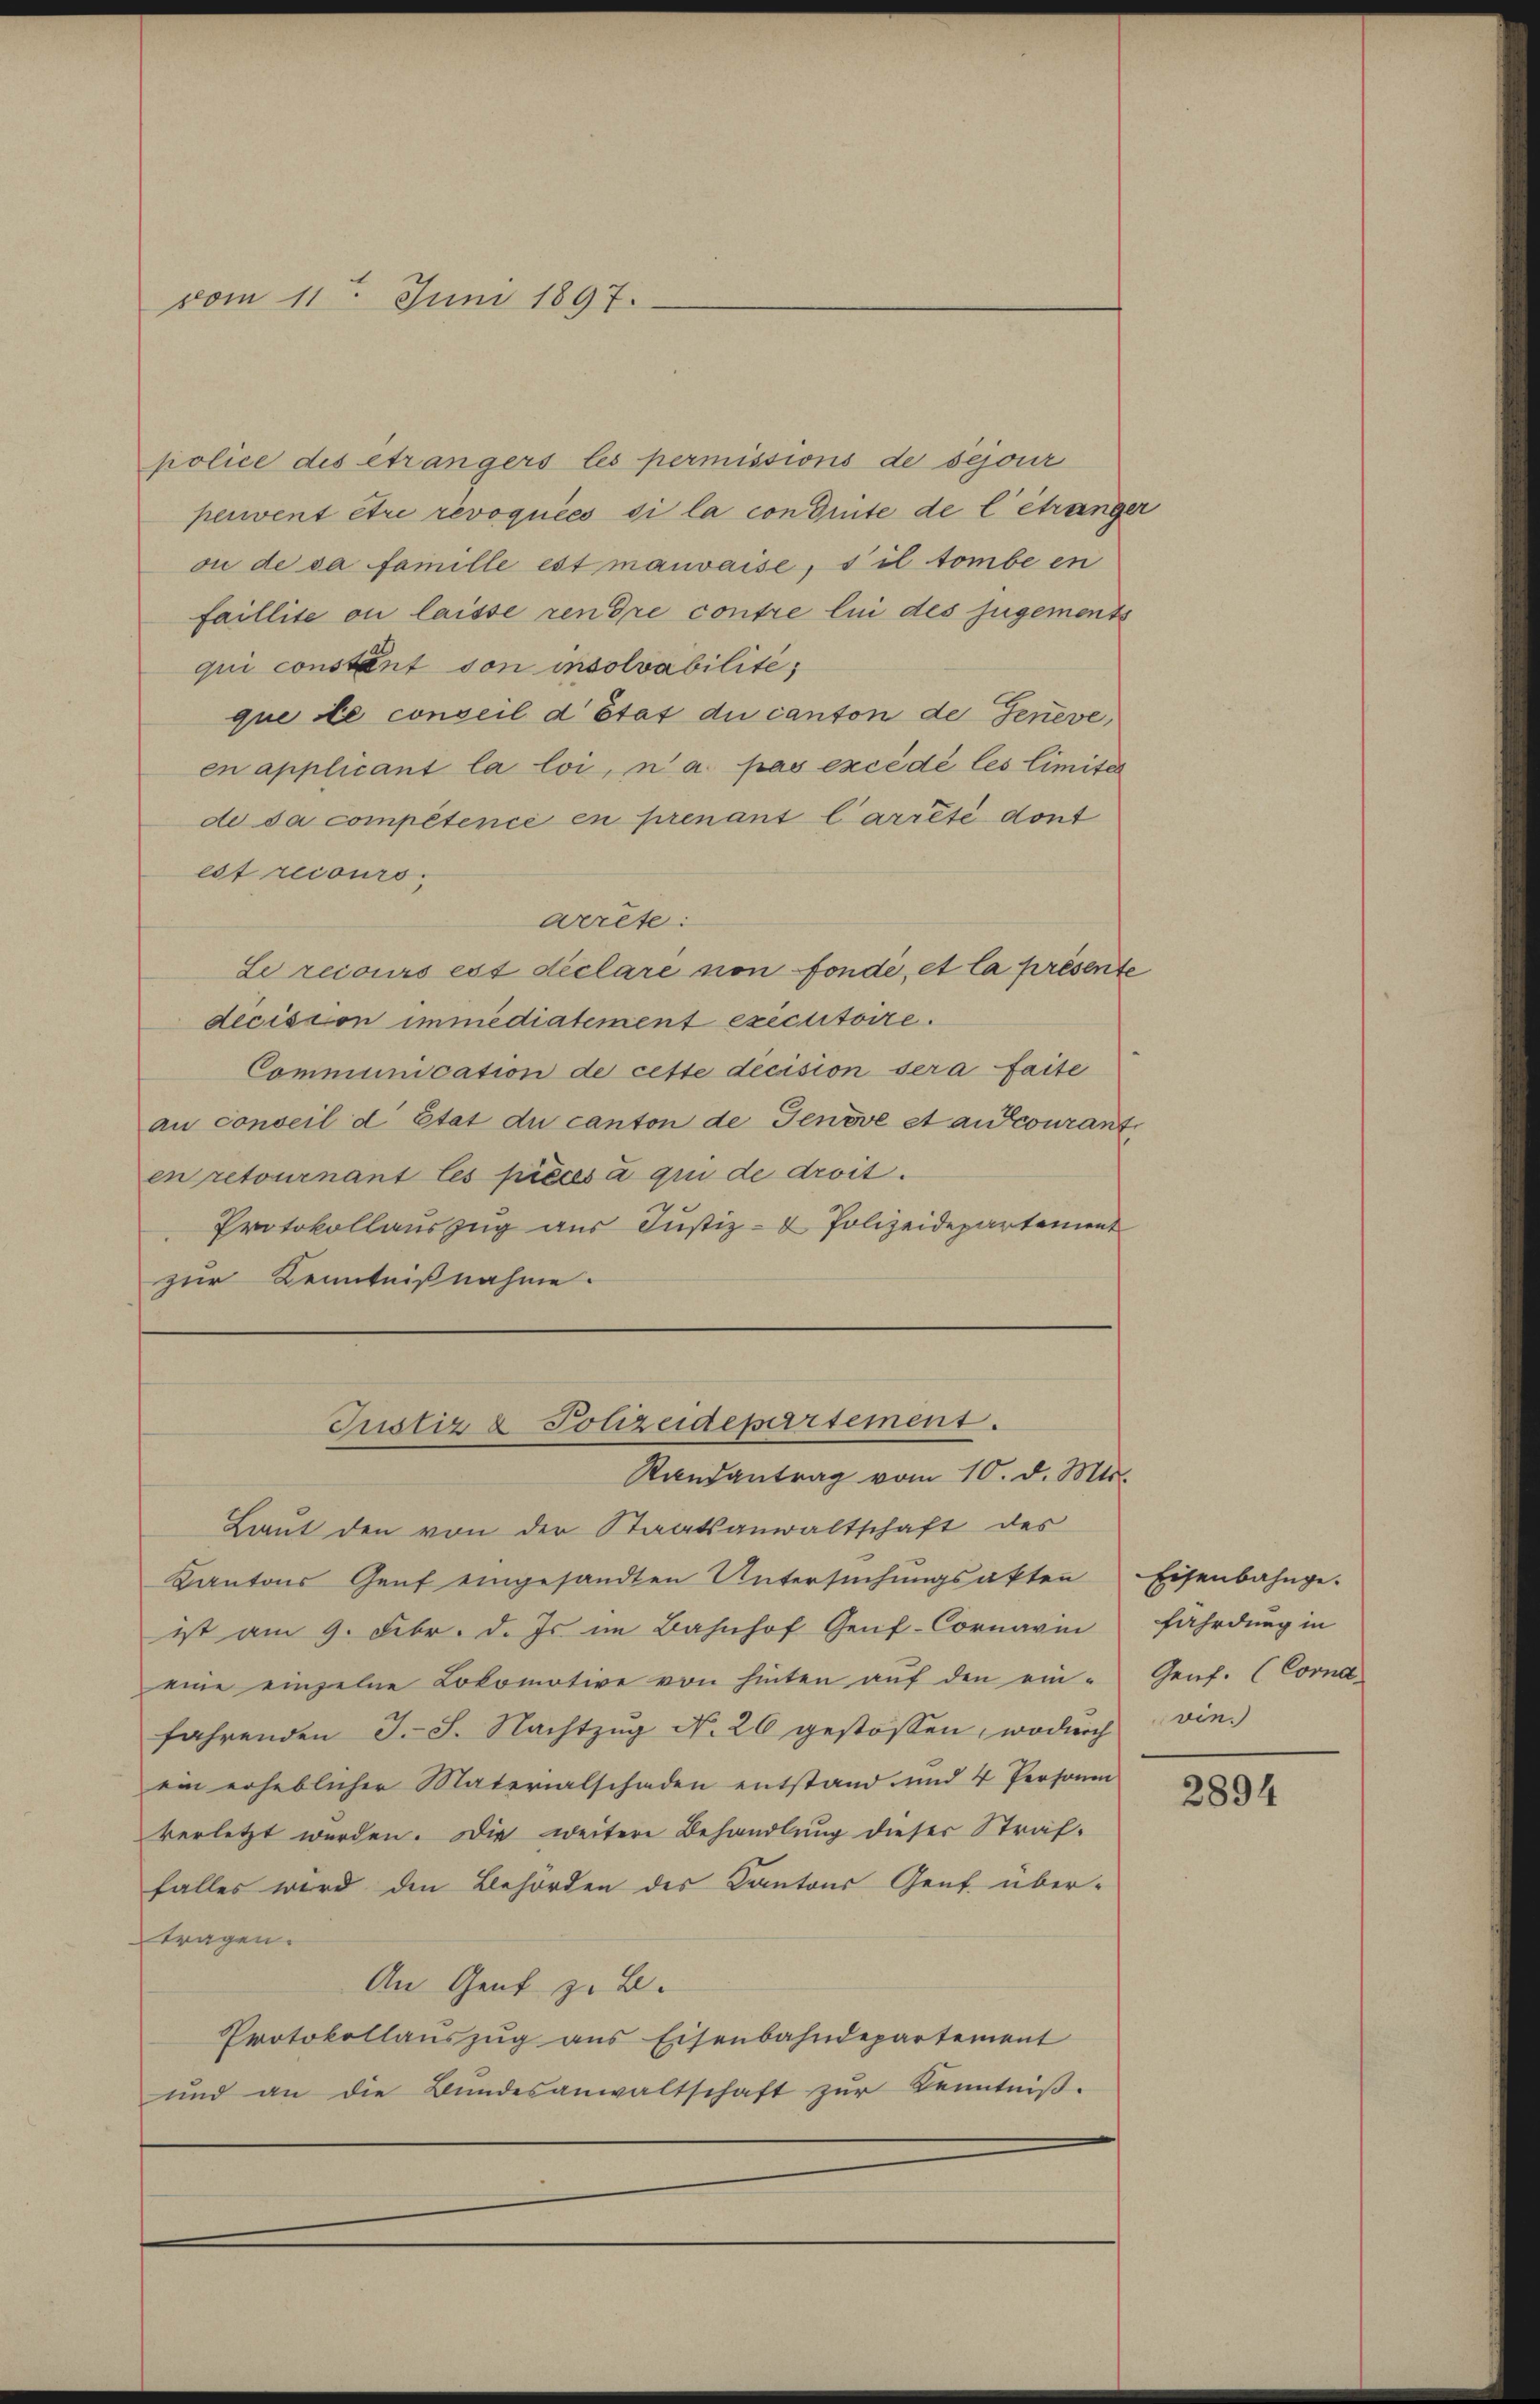
vom 11. Juni 1897.

police des étrangers les permissions de sejour
pervent être revoquées si la con Dinte de l’étranger
ou de sa famille est mauvaise, s il tombe en
faillite ou laisse rendre contre le des jugements
qui constant von insolvabilité,
que le conseil d’Etat du canton de Jeneve,
en applicant la loi, n’a pas excédé les limiter
de sa compétence en prenant l’arrêté dont
est recours
werete:
Le recours est déclare non fonde, et la présente
decision immédiatement executoire.
Communication de cette decision sera faite
an conseil d Etat du canton de Genove et ancourant
en retournant les précssa qui de droit.
Protokollauszug aus Justiz- & Polizeidepartement
zur Kenntnißnahme.

Lieut den von der Staatsanwaltschaft des
Kantons Genf eingesandten Untersuchungsakten
ist am 9. Febr. d. Js im Bahnhof Genf-Cornari
eine einzelne Lokomotive von hinten aŭf den ein-
fahrenden J. J. Nachtzŭg N. 26 gestossen, wodurch vie
ein erheblicher Materialschaden entstand und 4 Personen
verletzt werden. Die weitere Behandlung dieser Straf-
falles wird den Behörden des Kantons Genf. über-
tragen.
An Gent z. B.
Protokollauszug aus Eisenbahndepartement
und an die Bŭndesanwaltschaft zŭr Kenntniβ.

Justiz & Polizeidepartement.
Randantrag vom 10. d. Mts.

Eisenbahnge.
fährdung in
Genf. (Cord.

2894